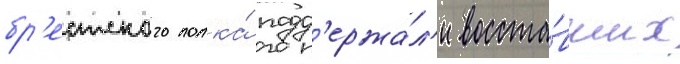
бр'естского полка́ подд'ержа́л'и восста́вших